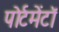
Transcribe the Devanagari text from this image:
पोर्टमेंटॉ